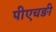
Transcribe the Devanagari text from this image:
पीएचङी